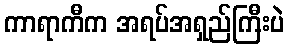
ကာရာကီက အရပ်အရှည်ကြီးပဲ